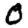
Digit: 0